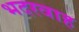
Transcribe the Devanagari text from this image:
भदरवाह